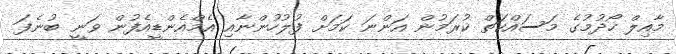
މާއިލް ހޯދުމުގެ މަސައްކަތް ކުރަމުން އަންނަ ކަމަށް ފުލުހުންނާއި އެމްއެންޑީއެފުން ވަނީ ބުނެފަ